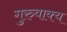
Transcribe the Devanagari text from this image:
गुरुवाक्य